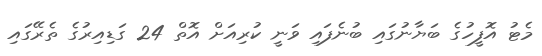
މެޓު އޮފީހުގެ ބަޔާނުގައި ބުނެފައި ވަނީ ކުރިއަށް އޮތް 24 ގަޑިއިރުގެ ތެރޭގައި